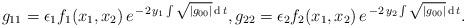
LaTeX: \begin{align*} g_{11}=\epsilon_1 f_1(x_1,x_2)\,e^{\,-2\,y_1\int\sqrt{|g_{00}|}\,{\rm d}\,t}, g_{22}=\epsilon_2 f_2(x_1,x_2)\,e^{\,-2\,y_2\int\sqrt{|g_{00}|}\,{\rm d}\,t}.\end{align*}